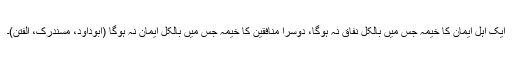
ایک اہل ایمان کا خیمہ جس میں بالکل نفاق نہ ہوگا، دوسرا منافقین کا خیمہ جس میں بالکل ایمان نہ ہوگا (ابوداؤد، مسندرک، الفتن)۔